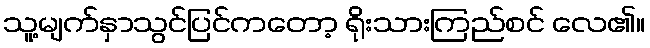
သူ့မျက်နှာသွင်ပြင်ကတော့ ရိုးသားကြည်စင် လေ၏။